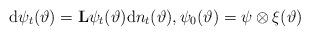
LaTeX: \begin{align*}\mathrm{d}\psi_t(\vartheta)=\mathbf{L}\psi_t(\vartheta)\mathrm{d}n_t(\vartheta),\psi_0(\vartheta)=\psi\otimes\xi(\vartheta)\end{align*}